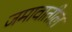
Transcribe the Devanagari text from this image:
जमावातील